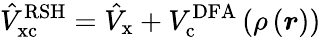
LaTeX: \hat{V}_{\mathrm{{xc}}}^{\mathrm{{RSH}}}=\hat{V}_{\mathrm{{x}}}+V_{\mathrm{{c}}}^{\mathrm{{DFA}}}\left(\rho\left(\boldsymbol{r}\right)\right)